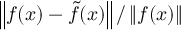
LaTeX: \left\| f ( x ) - { \tilde { f } } ( x ) \right\| / \left\| f ( x ) \right\|